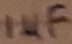
Text: 1µF